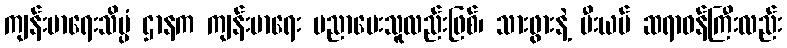
ကျန်းမာရေးသိပ္ပံ ဌာနက ကျန်းမာရေး ပညာပေးသူလည်းဖြစ်၊ သားဖွားနဲ့ မီးယပ် ဆရာဝန်ကြီးလည်း